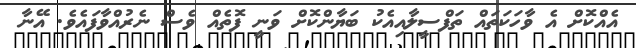
އެއްކޮށް އެ ވާހަކަތައް ތަފްސީލާއިއެކު ބަޔާންކޮށް ވަނީ ފޮތެއް ވެސް ނެރުއްވާފައެވެ. އޭނާ